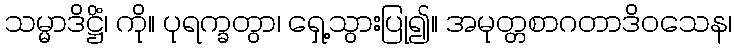
သမ္မာဒိဋ္ဌိံ၊ ကို။ ပုရက္ခတွာ၊ ရှေ့သွားပြု၍။ အမုတ္တစာဂတာဒိဝသေန၊